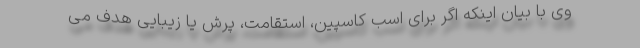
وی با بیان اینکه اگر برای اسب کاسپین، استقامت، پرش یا زیبایی هدف می